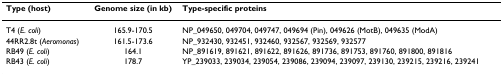
| Type (host) | Genome size (in kb) | Type-specific proteins |
 | --- | --- | --- |
 | T4 (E. coli) | 165.9-170.5 | NP_049650, 049704, 049747, 049694 (Pin), 049626 (MotB), 049635 (ModA) |
 | 44RR2.8t (Aeromonas) | 161.5-173.6 | NP_932430, 932451, 932460, 932567, 932569, 932577 |
 | RB49 (E. coli) | 164.1 | NP_891619, 891621, 891622, 891626, 891736, 891753, 891760, 891800, 891816 |
 | RB43 (E. coli) | 178.7 | YP_239033, 239034, 239054, 239086, 239094, 239097, 239130, 239215, 239216, 239241 |